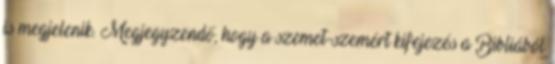
is megjelenik. Megjegyzendő, hogy a szemet-szemért kifejezés a Bibliából